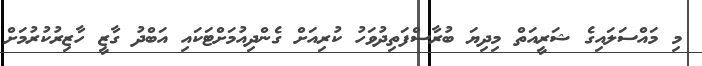
މި މައްސަލައިގެ ޝަރީއަތް މިދިޔަ ބުރާސްފަތިދުވަހު ކުރިއަށް ގެންދިއުމަށްޓަކައި އަބްދު ގާޒީ ހާޒިރުކުރުމަށް